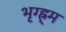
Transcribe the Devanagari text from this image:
भृग्ह्र्म